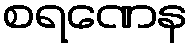
စရဏေန